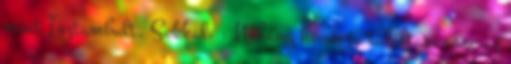
mint Isztambult. Sokkal. : Néhány hónapja találtam erre az